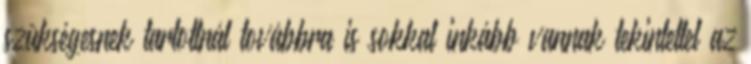
szükségesnek tartottnál továbbra is sokkal inkább vannak tekintettel az